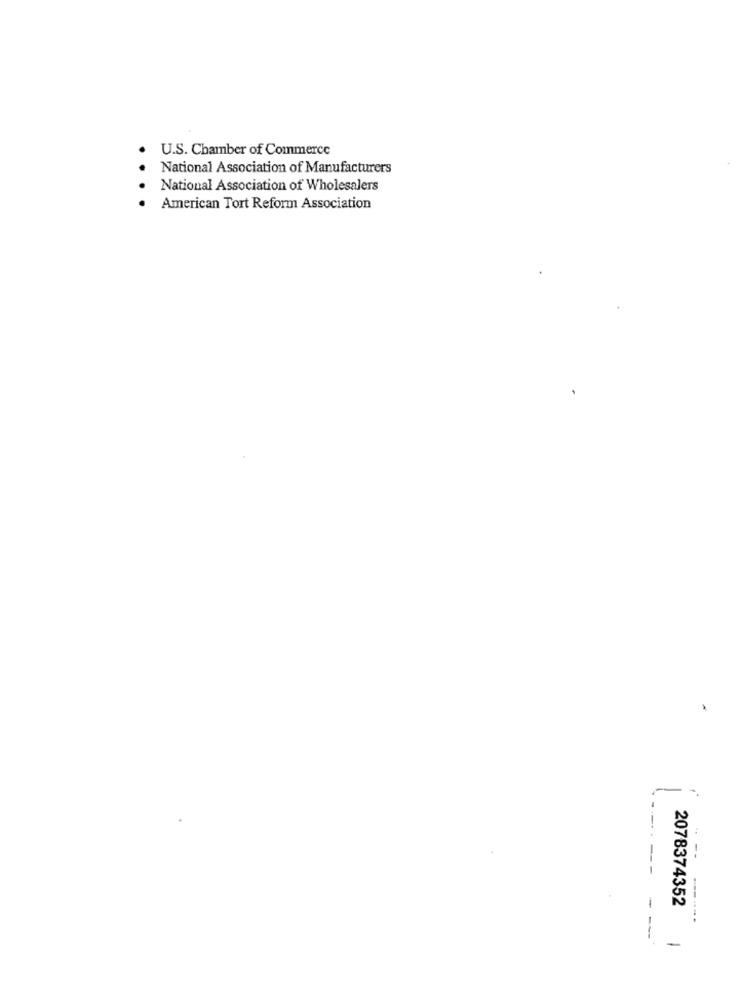
U.S. Chamber of Commerce
National Association of Manufacturers
National Association of Wholesalers
American Tort Reform Association
- --
2078374352
---....
---